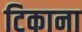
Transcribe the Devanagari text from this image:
टिकाना